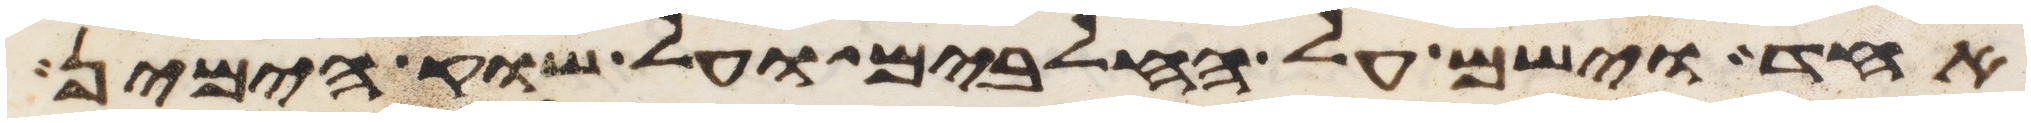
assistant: אחד וישם על החלבים ועל שוק הימין